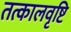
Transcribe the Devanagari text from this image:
तत्कालवृष्टि